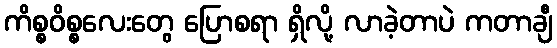
ကိစ္စဝိစ္စလေးတွေ ပြောစရာ ရှိလို့ လာခဲ့တာပဲ ကတာချီ